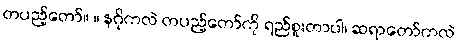
တပည့်တော်။ ။ နဂိုကလဲ တပည့်တော်ကို ရည်စူးတာပါ၊ ဆရာတော်ကလဲ